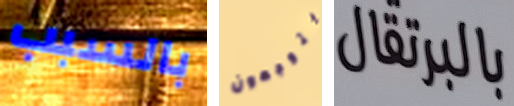
بالسبب يتوجهون بالبرتقال